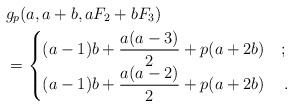
LaTeX: \begin{align*}&g_p(a,a+b,a F_{2}+b F_3)\\&=\begin{cases}(a-1)b+\dfrac{a(a-3)}{2}+p(a+2 b)&;\\ (a-1)b+\dfrac{a(a-2)}{2}+p(a+2 b)&\,. \end{cases}\end{align*}